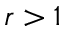
r > 1